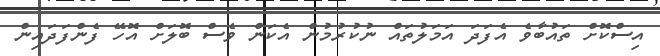
އިސްކޮށް ތައުބާވެ އެފަދަ އަމަލުތައް ނުކުރުމުން އެކަން ވެސް ބޮލަށް އޮހޭ ފެންފަދައިން